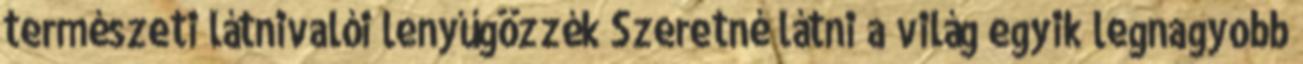
természeti látnivalói lenyűgözzék Szeretné látni a világ egyik legnagyobb